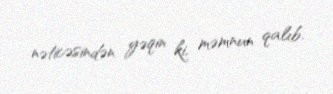
nəticəsindən yəqin ki, məmnun qalıb.